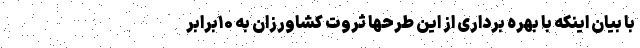
با بیان اینکه با بهره برداری از این طرحها ثروت کشاورزان به ۱۰برابر